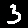
Digit: 3